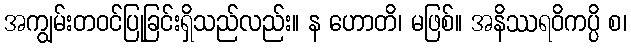
အကျွမ်းတဝင်ပြုခြင်းရှိသည်လည်း။ န ဟောတိ၊ မဖြစ်။ အနိဿရဝိကပ္ပိ စ၊